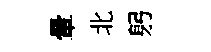
暈北躬